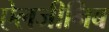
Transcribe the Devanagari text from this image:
ऐलजीनिब